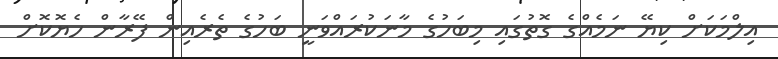
އިލްމަކަށް ކިޔޭ ނަމެއްގެ ގޮތުގައި މިބަހުގެ މާނަކުރައްވަނީ ބަހުގެ ތެރެއިން ފޭރާން ހެޔޮކޮށް